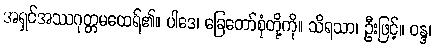
အရှင်အဿဂုတ္တမထေရ်၏။ ပါဒေ၊ ခြေတော်စုံတို့ကို။ သိရသာ၊ ဦးဖြင့်။ ဝန္ဒ၊